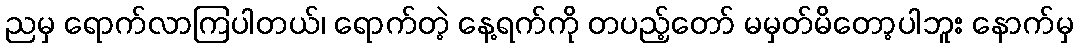
ညမှ ရောက်လာကြပါတယ်၊ ရောက်တဲ့ နေ့ရက်ကို တပည့်တော် မမှတ်မိတော့ပါဘူး နောက်မှ